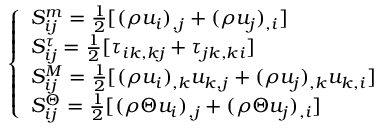
\left\{ \begin{array} { l l } { S _ { i j } ^ { m } = \frac { 1 } { 2 } [ ( \rho u _ { i } ) _ { , j } + ( \rho u _ { j } ) _ { , i } ] } \\ { S _ { i j } ^ { \tau } = \frac { 1 } { 2 } [ \tau _ { i k , k j } + \tau _ { j k , k i } ] } \\ { S _ { i j } ^ { M } = \frac { 1 } { 2 } [ ( \rho u _ { i } ) _ { , k } u _ { k , j } + ( \rho u _ { j } ) _ { , k } u _ { k , i } ] } \\ { S _ { i j } ^ { \Theta } = \frac { 1 } { 2 } [ ( \rho \Theta u _ { i } ) _ { , j } + ( \rho \Theta u _ { j } ) _ { , i } ] } \end{array} \right.